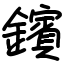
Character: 鑌